Scottish Leaving Certificate Examination, 1958
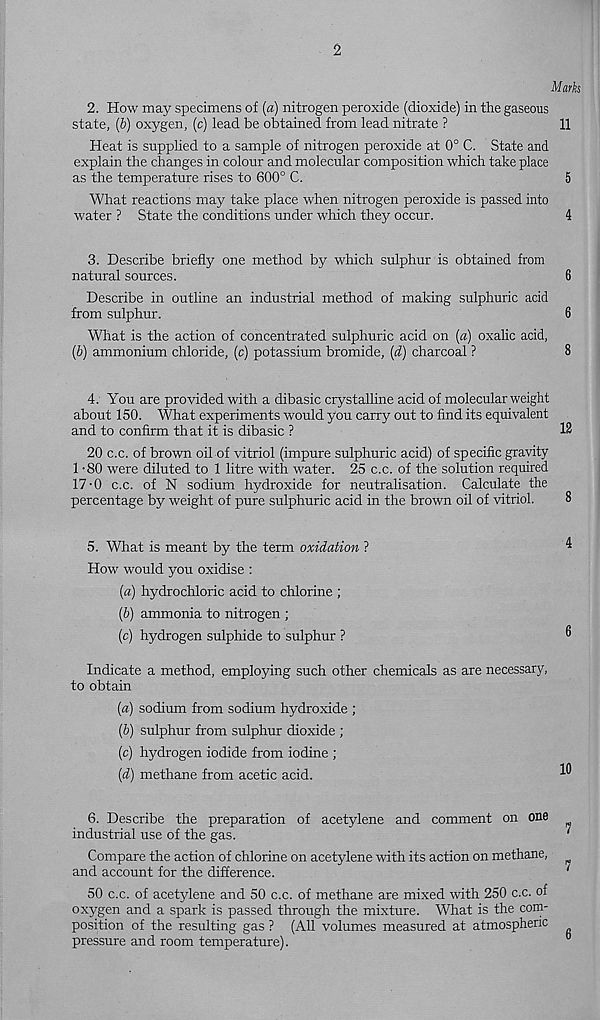
2
Marks
2. How may specimens of (a) nitrogen peroxide (dioxide) in the gaseous
state, (b) oxygen, (c) lead be obtained from lead nitrate ?
11
Heat is supplied to a sample of nitrogen peroxide at 0° C. State and
explain the changes in colour and molecular composition which take place
as the temperature rises to 600° C.
5
What reactions may take place when nitrogen peroxide is passed into
water ? State the conditions under which they occur.
4
3. Describe briefly one method by which sulphur is obtained from
natural sources.
6
Describe in outline an industrial method of making sulphuric acid
from sulphur.
6
What is the action of concentrated sulphuric acid on (a) oxalic acid,
(6) ammonium chloride, (c) potassium bromide, (d) charcoal ?
8
4. You are provided with a dibasic crystalline acid of molecular weight
about 150. What experiments would you carry out to find its equivalent
and to confirm th at it is dibasic ?
12
20 c.c. of brown oil of vitriol (impure sulphuric acid) of specific gravity
1-80 were diluted to 1 litre with water. 25 c.c. of the solution required
17-0 c.c. of N sodium hydroxide for neutralisation. Calculate the
percentage by weight of pure sulphuric acid in the brown oil of vitriol.
8
5. What is meant by the term oxidation ?
How would you oxidise :
(а) hydrochloric acid to chlorine ;
(б) ammonia to nitrogen ;
(c) hydrogen sulphide to sulphur ?
Indicate a method, employing such other chemicals as are necessary,
to obtain
{a) sodium from sodium hydroxide ;
(6) sulphur from sulphur dioxide ;
(c) hydrogen iodide from iodine ;
(d) methane from acetic acid.
6. Describe the preparation of acetylene and comment on one
industrial use of the gas.
Compare the action of chlorine on acetylene with its action on methane,
and account for the difference.
50 c.c. of acetylene and 50 c.c. of methane are mixed with 250 c.c. of
oxygen and a spark is passed through the mixture. What is the com-
position of the resulting gas ? (All volumes measured at atmospheric
pressure and room temperature).